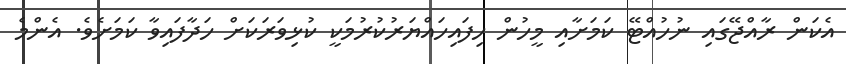
އެކަން ރާއްޖޭގައި ނުހުއްޓޭ ކަމަށާއި މީހުން ހިފައިހައްޔަރުކުރުމަކީ ކުޅިވަރަކަށް ހަދާފައިވާ ކަމަށެވެ. އެންމެ